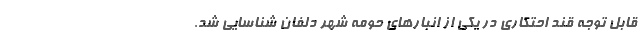
قابل توجه قند احتکاری در یکی از انبارهای حومه شهر دلفان شناسایی شد.